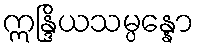
ဣန္ဒြိယသမ္ပန္နော